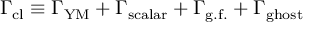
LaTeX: \Gamma _ { \mathrm { c l } } \equiv \Gamma _ { \mathrm { Y M } } + \Gamma _ { \mathrm { s c a l a r } } + \Gamma _ { \mathrm { g . f . } } + \Gamma _ { \mathrm { g h o s t } }